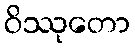
ဝိဿုတော